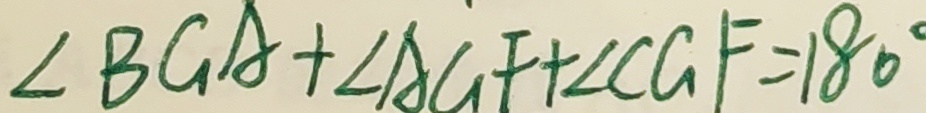
\angle B G A + \angle A G F + \angle C G F = 1 8 0 ^ { \circ }